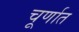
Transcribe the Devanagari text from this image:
चूर्णात